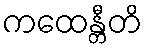
ကထေန္တီတိ